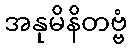
အနုမိနိတဗ္ဗံ